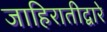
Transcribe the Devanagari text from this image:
जाहिरातीद्वारे